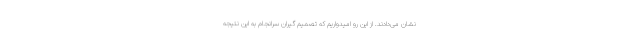
نشان می‌دادند. از این رو امیدواریم که تصمیم گیران سرانجام به این نتیجه